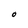
Character: O